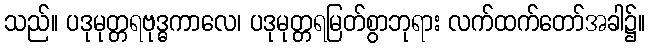
သည်။ ပဒုမုတ္တရဗုဒ္ဓကာလေ၊ ပဒုမုတ္တရမြတ်စွာဘုရား လက်ထက်တော်အခါ၌။